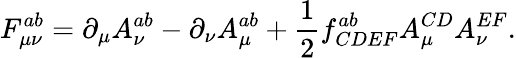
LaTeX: F_{\mu\nu}^{ab}=\partial_{\mu}A_{\nu}^{ab}-\partial_{\nu}A_{\mu}^{ab}+\frac{1}{2}f_{CDEF}^{ab}A_{\mu}^{CD}A_{\nu}^{EF}.